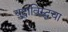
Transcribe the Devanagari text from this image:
युद्धाविरुद्धचा